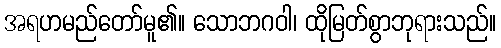
အရဟမည်တော်မူ၏။ သောဘဂဝါ၊ ထိုမြတ်စွာဘုရားသည်။